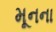
મૂનના